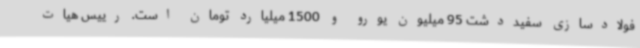
فولادسازی سفیددشت 95 میلیون یورو و 1500 میلیارد تومان است. رییس هیات